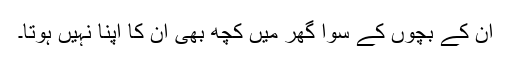
ان کے بچوں کے سوا گھر میں کچھ بھی ان کا اپنا نہیں ہوتا۔